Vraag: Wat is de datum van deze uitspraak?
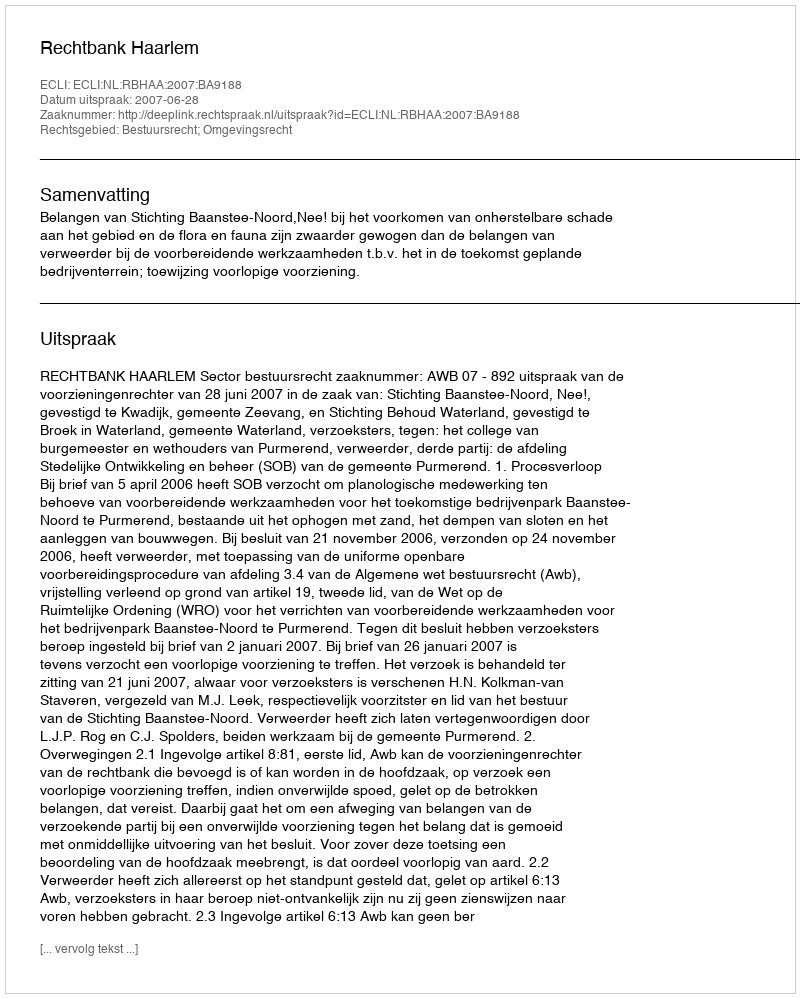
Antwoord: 2007-06-28